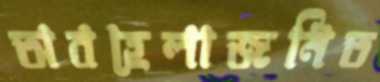
অবহেলাজনিত